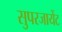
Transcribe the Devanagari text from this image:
सुपरजायेंट